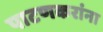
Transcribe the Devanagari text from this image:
पाटणकरांना